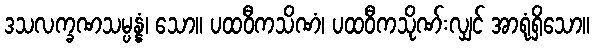
ဒသလက္ခဏသမ္ပန္နံ၊ သော။ ပထဝီကသိဏံ၊ ပထဝီကသိုဏ်းလျှင် အာရုံရှိသော။